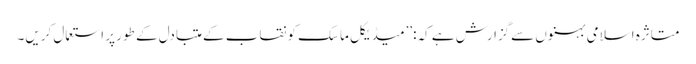
متاثرہ اسلامی بہنوں سےگزارش ہے کہ:’’میڈیکل ماسک کو نقاب کے متبادل کے طور پر استعمال کریں۔